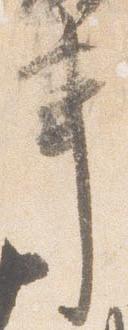
事